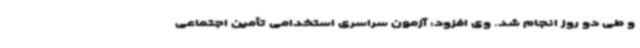
و طی دو روز انجام شد. وی افزود: آزمون سراسری استخدامی تأمین اجتماعی